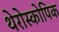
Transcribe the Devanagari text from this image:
थेरोस्कोपिक